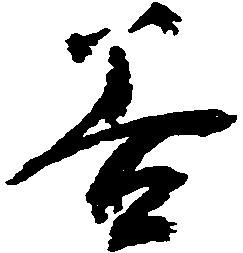
善